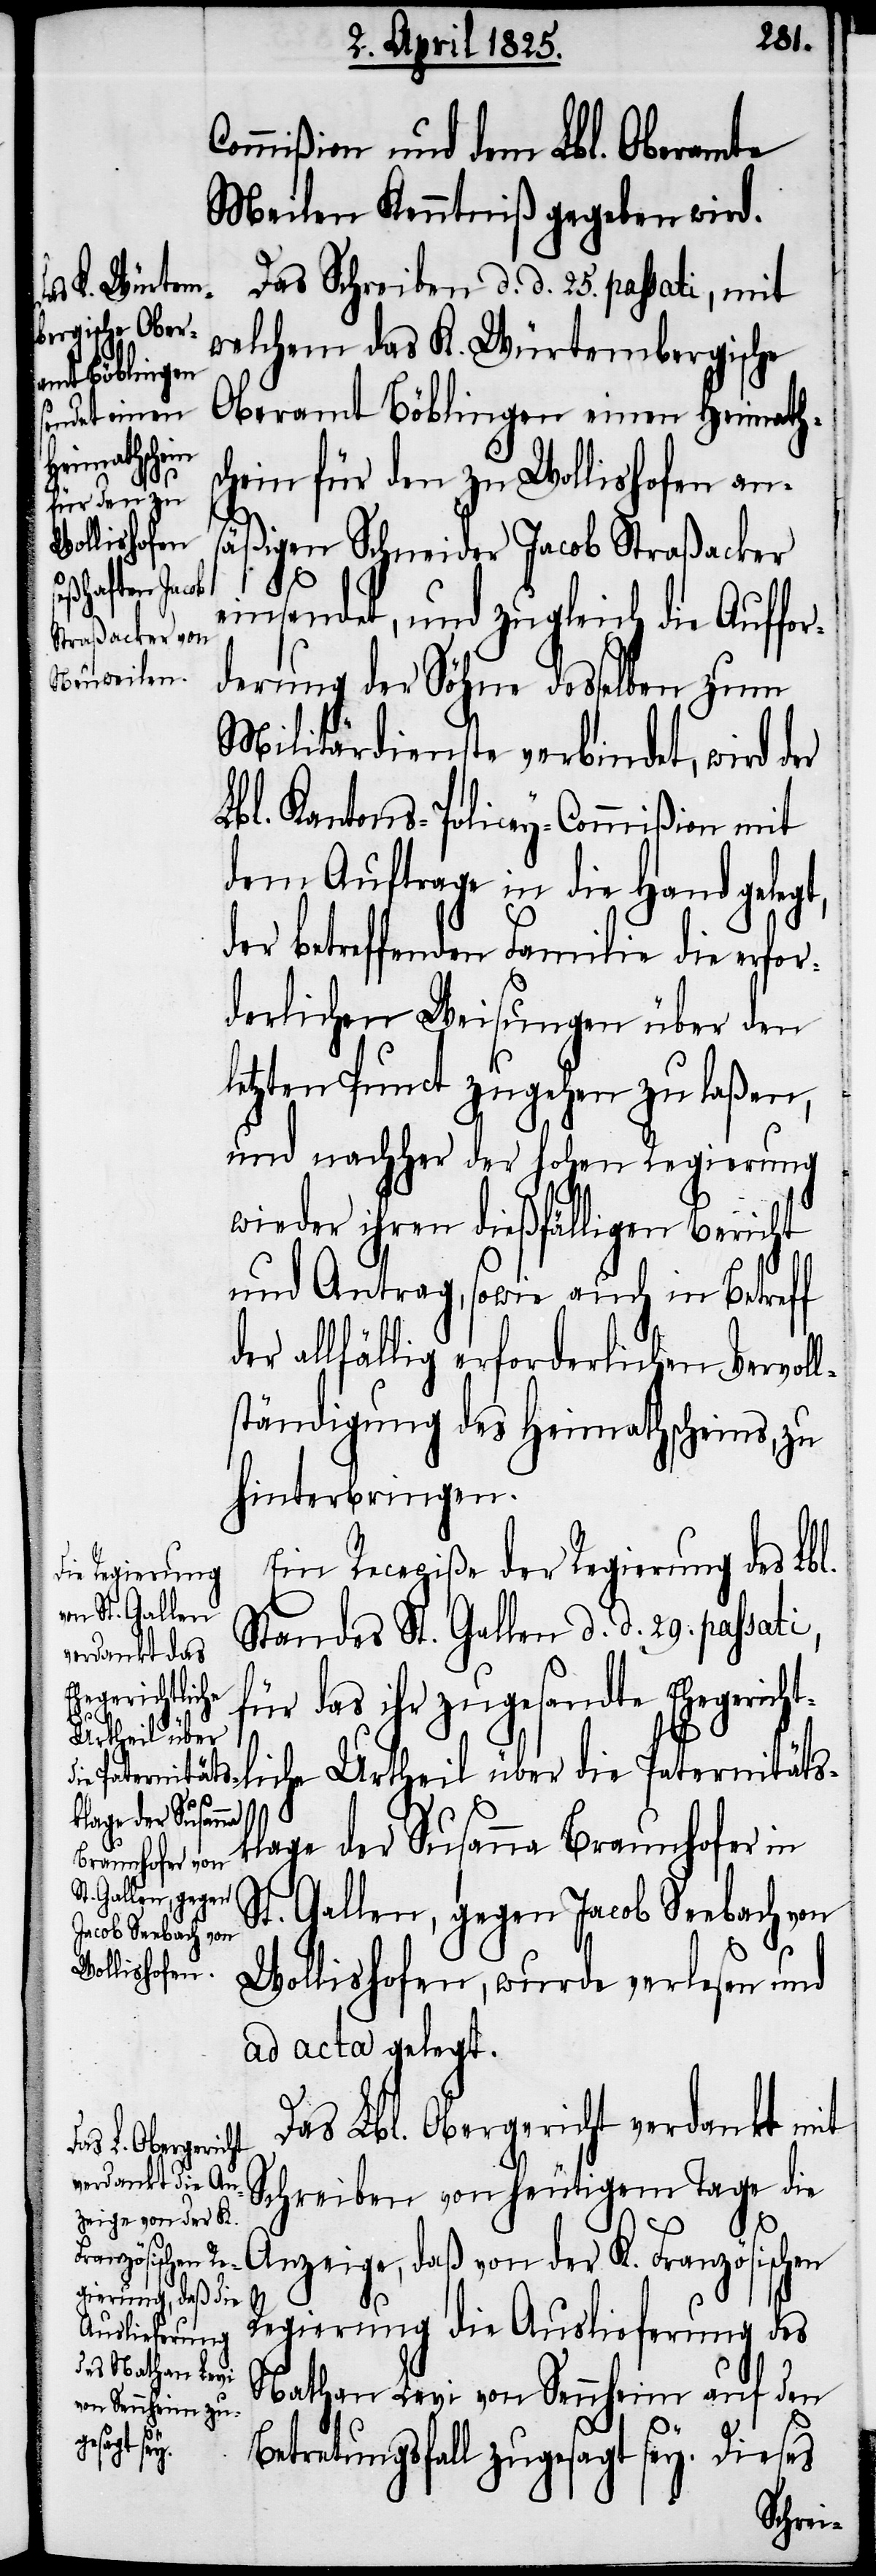
Commißion und dem Lbl. Oberamte
Meilen Kenntniß gegeben wird.
Das Schreiben d. d. 25. passati, mit
welchem das K. Würtembergische
Oberamt Böblingen einen Heimaths¬
chein für den zu Wollishofen ans¬
äßigen Schneider Jacob Straßacker
einsendet, und zugleich die Auffor¬
derung der Söhne desselben zum
Militärdienste verbindet, wird der
Lbl. Kantons-Policey-Commißion mit
dem Auftrage in die Hand gelegt,
der betreffenden Familie die erfor¬
derlichen Weisungen über den
letzten Punct zugehen zu laßen,
und nachher der hohen Regierung
wieder ihren dießfälligen Bericht
und Antrag, sowie auch in Betreff
er allfällig erforderlichen Vervol¬
ständigung des Heimathscheins, zu
hinterbringen.
Ein Recepiße der Regierung des Lbl.
Standes St. Gallen d. d. 29. passati,
für das ihr zugesandte Ehegericht¬
d¬
liche Urtheil über die Paternitäts¬
klage der Susanna
Braunhofer in
St. Gallen, gegen
Jacob Seebach von
Wollishofen, wurde verlesen und
ad acta gelegt.
Das Lbl. Obergericht verdankt mit
Schreiben von heutigem Tage die
l¬
Anzeige, daß von der K. Französischen
Regierung die Auslieferung des
Nathan Levi von Sennheim auf den
Betretungsfall zugesagt sey. Dieses